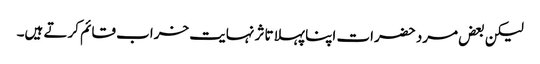
لیکن بعض مرد حضرات اپنا پہلا تاثر نہایت خراب قائم کرتے ہیں۔